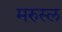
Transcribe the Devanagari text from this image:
मरुस्ल